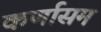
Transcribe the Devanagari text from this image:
कर्णासम